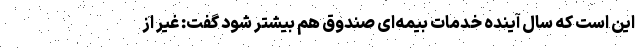
این است که سال آینده خدمات بیمه‌ای صندوق هم بیشتر شود گفت: غیر از